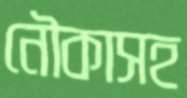
নৌকাসহ